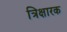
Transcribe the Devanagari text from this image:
त्रिक्षारक